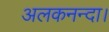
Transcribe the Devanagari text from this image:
अलकनन्दा।